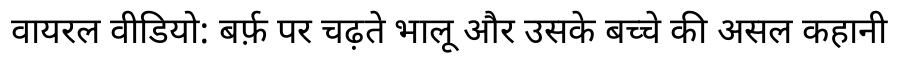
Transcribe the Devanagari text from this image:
वायरल वीडियो: बर्फ़ पर चढ़ते भालू और उसके बच्चे की असल कहानी